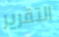
التقرير